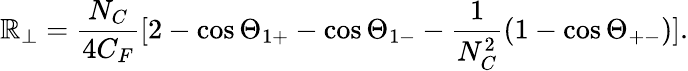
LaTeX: \mathbb{R}_{\perp}=\frac{{N_{C}}}{{4C_{F}}}[2-\cos\Theta_{1+}-\cos\Theta_{1-}-\frac{{1}}{{N_{C}^{2}}}(1-\cos\Theta_{+-})].